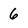
Character: 6